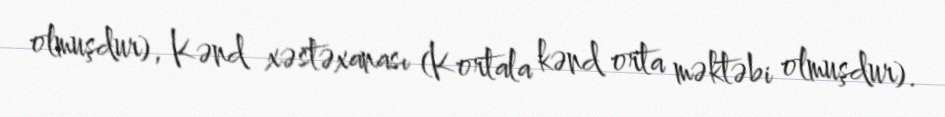
olmuşdur), Kənd xəstəxanası (Kortala kənd orta məktəbi olmuşdur).